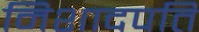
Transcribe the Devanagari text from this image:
निशादपति